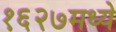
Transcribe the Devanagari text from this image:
१६२७मध्ये